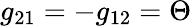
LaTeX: g_{21}=-g_{12}=\Theta